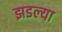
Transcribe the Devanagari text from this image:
झडल्या